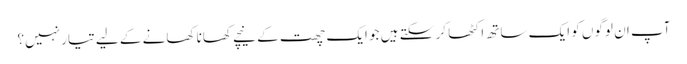
آپ ان لوگوں کو ایک ساتھ اکٹھا کر سکتے ہیں جو ایک چھت کے نیچے کھانا کھانے کے لیے تیار نہیں؟